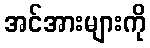
အင်အားများကို